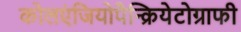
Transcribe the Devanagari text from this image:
कोलएंजियोपैन्क्रियेटोग्राफी